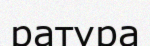
ратура